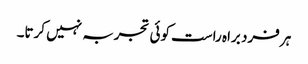
ہر فرد براہ راست کوئی تجربہ نہیں کرتا۔